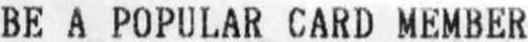
BE A POPULAR CARD MEMBER